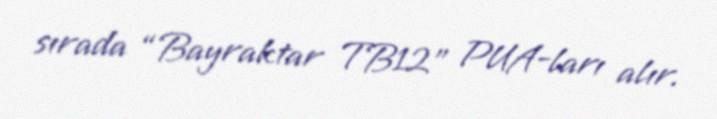
sırada “Bayraktar TB12” PUA-ları alır.